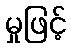
မှုဖြင့်